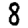
Digit: 8